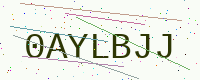
Text: 0AYLBJJ